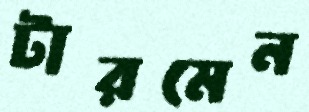
টারমেন